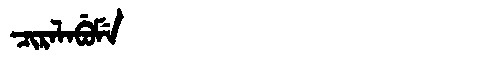
Manchu: ᠴᡳᡵᠠᠯᠠᠪᡠᠮᡝ
Romanization: CIRALABUME